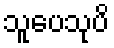
သူပေသုပိ